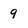
Character: 9